Annual statistical returns and brief notes on vaccination in Bengal - 1887-1898
Year: 1887
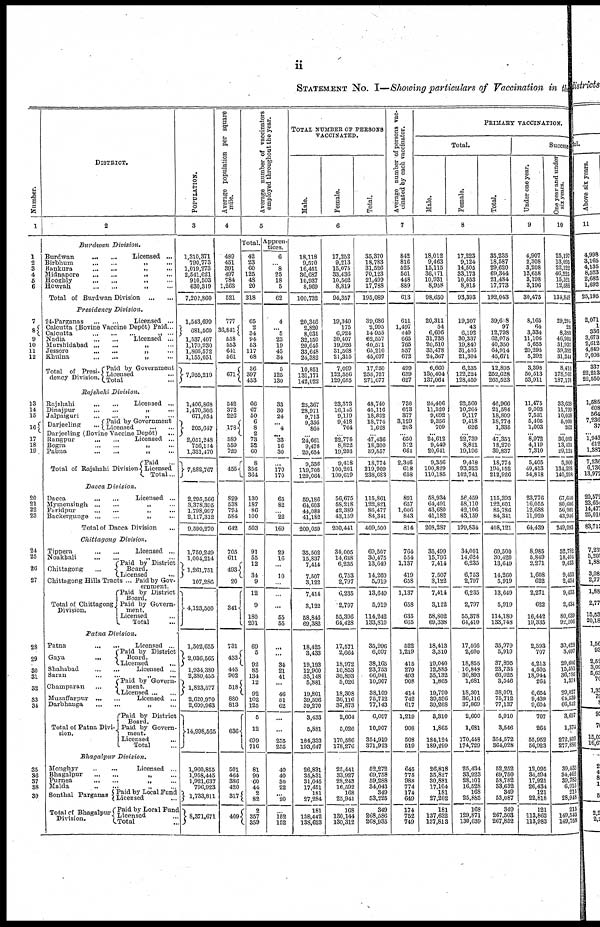
ii
STATEMENT No. I—Showing particulars of Vaccination in the
Number.
1
1
2
3
4
5
6
7
8 9
10
11
12
13
14
15
16
17
18
19
20
21
22
23
24
25
26
27
28
29
30
31
32
33
34
35
36
37
38
39
DISTRICT.
2
Burdwan
Division.
Burdwan
...
...
Licensed ...
Birbhum
...
...
„ ...
Bankura
...
...
„ ...
Midnapore
...
...
„ ...
Hooghly
...
...
„ ...
Howrah
...
...
„ ...
Total of Burdwan Division
...
...
Presidency
Division.
24-Parganas
...
...
Licensed ...
Calcutta (Bovine Vaccine Depôt) Paid...
Calcutta
...
...
...
„
...
Nadia
...
...
Licensed ...
Murshidabad...
...
„ ...
Jessore
...
...
„
...
Khulna
...
...
„ ...
Total of Presi-
dency Division.
Paid by Government
Licensed ...
Total ...
Rajshahi
Division.
Rajshahi...
...
Licensed ...
Dinajpur ... ... „ ...
Jalpaiguri
...
...
„ ...
Darjeeling ...
Paid by Government
Licensed
...
...
Darjeeling (Bovine Vaccine Depôt) ...
Rangpur
...
...
Licensed ...
Bogra
...
...
„ ...
Pabna
...
...
„ ...
Total of Rajshahi Division
Paid
...
Licensed
Total...
Dacca
Division.
Dacca
...
...
Licensed ...
Mymensingh
...
...
„ ...
Faridpur
...
...
„ ...
Backergunge
...
...
„
Total of Dacca Division ...
Chittagong
Division.
Tippera
...
...
Licensed ...
Noakhali
...
...
„ ...
Chittagong ...
(Paid by District
Board.
Licensed ...
Chittagong Hills Tracts ... Paid by Gov-
ernment.
Total of Chittagong
Division.
Paid by District
Board.
Paid by Govern¬
ment.
Licensed ...
Total ...
Patna
Division.
Patna
...
...
Licensed ...
Gaya
...
Paid by District
Board.
Licensed ...
Shahabad
...
...
Licensed ...
Saran
...
...
„ ...
Champaran ...
Paid by Govern¬
ment.
Licensed...
...
Muzaffarpur
...
...
Licensed ...
Darbhanga
...
...
„ ...
Total of Patna Divi-
sion.
Paid by District
Board.
Paid by Govern-
ment.
Licensed ...
Total ...
Bhagalpur
Division.
Monghyr
...
...
Licensed ...
Bhagalpur
...
...
„ ...
Purnea
...
...
„ ...
Malda
...
...
„ ...
Sonthal Parganas
Total of Bhagalpur
Division.
Paid by Local Fund
Licensed ...
Paid by Local Fund
Licensed ...
Total ...
POPULATION.
3
1,310,371
790,773
1,019,273
2,541,621
910,503
630,319
7,202,860
1,543,699
681,560
1,537,407
1,170,930
1,866,572
1,155,051
7,955,219
1,406,868
1,470,366
671,054
205,647
2,051,248
756,114
1,321,470
7,882,767
2,295,566
3,378,395
1,798,997
2,117,312
9,590,270
1,750,249
1,004,214
1,261,751
107,286
4,123,500
1,502,655
2,036,565
1,934,380
2,380,455
1,823,577
2,620,970
2,699,963
14,998,565
1,960,855
1,958,445
1,921,637
796,923
1,733,811
8,371,671
Average population per square
mile.
4
489
451
391
497
784
1,263
521
777
36,841
558
553
641
561
671
542
372
226
178
589
559
720
455
829
538
794
584
642
705
611
493
20
341
731
433
445
902
518
880
813
636
501
464
386
420
317
409
Average number of vaccinators
employed throughout the year.
5
Total.
42
23
60
125
48
20
318
65
2
34
94
53
117
68
36
397
433
66
67
50
6
8
2
73
32
60
8
356
364
130
187
86
100
503
91
55
12
34
9
12
9
180
201
69
5
92
85
134
12
92
102
125
5
12
699
716
81
90
60
44
2
82
2
357
359
Appren-
tices.
6
... 8
25
18
5
62
4
... 5
23
19
45
34
5
125
130
33
30
24
... 4
... 33
16
30
...
170
170
65
82
... 22
169
29
16
...
10
...
...
...
55
55
...
...
34
21
41
...
46
51
62
...
...
255
255
40
40
30
22
... 20
...
152
152
TOTAL NUMBER OF PERSONS
VACCINATED.
Male.
Female.
Total.
6
18,118
9,570
16,451
36,687
10,937
8,969
100,732
20,346
2,820
8,031
32,150
20,645
33 648
24,382
10,851
131,171
142,022
25,367
28,971
9,713
9,356 864
... 24,661
9,478
20,654
9,356
119,708
129,064
59,186
64,603
44,088
41,182
209,059
35,502
15,837
7,414
7,507
3,122
7,414
3,122
58 846
69,382
18,425
3,433
19,193
12,900
35,148
5,881
19,801
39,596
39,270
3,433
5,881
184,333
193,647
26,831
35,831
31,045
17,451
181
27,284
181
138,442
138,623
17,252
9,213
15,075
33,436
10,562
8,819
94,357
19,340
175
6,924
30,407
19,926
31,568
21,315
7,099
122,556
129,655
23,373
16,145
9,119
9,418
764
... 22,775
8,822
19,203
9,418
100,201
109,619
56,675
58,218
42,389
43,159
200,441
34,005
14,638
6,235
6,753
2,797
6,235
2,797
55,396
64,428
17,571
2,664
18,972
10,853
30,893
5,026
18,308
36,116
37,873
2,664
5,026
170,586
178,276
25,441
33,927
28,243
16,592
168
25,941
168
130,144
130,312
35,370
18,783
31,526
70,123
21,499
17,788
195,089
39,686
2,995
14,955
62,557
40,571
65,216
45,697
17,950
253,727
271,677
48,740
45,116
18,832
18,774
1,628
... 47,436
18,300
39,857
18,774
219,909
238,683
115,861
122,821
86,477
84,341
409,500
69,507
30,475
13,649
14,260
5,919
13,649
5,919
114,242
133,810
35,996
6,097
38,165
23,753
66,041
10,907
38,109
75,712
77,143
6,097
10,907
354,919
371,923
52,272
69,758
59,288
34,043
349
53,225
349
268,586
268,935
Average number of persons vac-
cinated by each vaccinator.
7
842
816
525
561
448
889
613
611
1,497
440
665
765
557
672
499
639
627
738
673
377
3,129
203
... 650
572
664
2,346
618
658
891
657
1,006
843
814
764
554
1,137
419
658
1,137
658
635
665
522
1,219
415
279
493
908
414
742
617
1,219
908
508
519
645
775
988
774
174
649
174
752
749
PRIMARY VACCINATION.
Total.
Male.
Female.
Total.
8
18,012
9,463
15,115
36,171
10,931
8,958
98,650
20,311
54
6,606
31,738
20,510
33,478
24,367
6,660
130,404
137,064
24,406
11,320
9,692
9,356
709
... 24,612
9,449
20,641
9,356
100,829
110,185
58,934
64,491
43,680
41,182
208,287
35,499
15,796
7,414
7,507
3,122
7,414
3,122
58,802
69,338
18,413
3,310
19,040
12,885
35,132
1,865
19,790
39,596
39,268
3,310
1,865
184,124
189,299
26,818
35,827
30,881
17,104
181
27,202
181
137,632
137,813
17,223
9,124
14,505
33,173
10,553
8,815
93,393
19,307
43
6,192
30,337
19,840
31,436
21,304
6,235
122,224
128,459
22,560
10,264
9,117
9,418
626
... 22,739
8,821
19,196
9,418
93,323
102,741
56,459
58,110
42,106
43,159
199,834
34,001
14,624
6,235
6,753
2,797
6,235
2,797
55,378
64,410
17,566
2,600
18,855
10,848
30,893
1,681
18,301
36,116
37,869
2,600
1,681
170,448
174,729
25,434
33,923
28,101
16,528
168
25,885
168
129,871
130,039
35,235
18,587
29,620
69,344
21,484
17,773
192,043
39,618
97
12,798
62,075
40,350
64,914
45,671
12,895
252,628
265,523
46,966
21,584
18,809
18,774
1,335
... 47,351
18,270
39,837
18,774
194,152
212,926
115,393
122,601
85,786
84,341
408,121
69,500
30,420
13,649
14,260
5,919
13,649
5,919
114,180
133,748
35,979
5,919
37,895
23,733
66,025
3,546
38,091
75,712
77,137
5,910
3,546
354,572
364,028
52,252
69,750
58,782
33,632
349
53,087
349
267,503
267,852
Success
Under one year.
9
4,907
2,308
3,208
13,658
3,198
3,196
30,475
8,165
64
3,334
11,106
5,655
20,295
5,292
3,398
50,513
53,911
11,475
9,003
7,531
5,405
1,003
... 8,972
4,119
7,310
5,405
49,413
54,818
23,776
16,055
12,688
11,920
64,439
8,985
5,849
2,271
1,608
622
2,271
622
16,442
19,335
2,593
707
4,213
4,505
18,944
264
6,654
9,439
9,604
707
264
55,952
56,923
12,095
34,594
17,921
26,434
121
22,818
121
113,862
113,983
One year and under
six years.
10
25,197
13,095
22,122
46,225
15,521
12,688
134,848
29,294
28
8,388
46,905
31,937
39,382
31,244
8,416
178,762
187,178
33,638
11,799
10,058
5,900
262
... 36,083
13,434
29,124
5,900
134,398
140,298
67,640
80,606
56,901
43,946
249,093
52,782
18,404
9,433
9,453
2,434
9,433
2,434
80,639
92,506
30,428
3,697
29,606
15,581
36,786
1,374
29,027
64,539
66,842
3,697
1,374
272,809
277,880
39,433
34,462
39,783
6,915
215
28,948
215
140,543
149,758